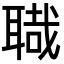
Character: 𦖱